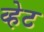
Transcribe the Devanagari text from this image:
व्हेट